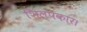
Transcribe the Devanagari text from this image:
शिल्पकार।